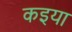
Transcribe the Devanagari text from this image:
कइया